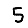
Digit: 5